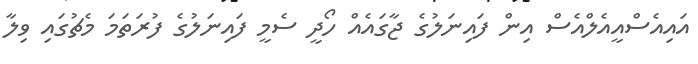
އައިއެސްއީއެލްއެސް އިން ފައިނަލުގެ ޖާގައެއް ހޯދީ ސެމީ ފައިނަލުގެ ފުރަތަމަ މެޗުގައި ވިލާ